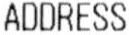
ADDRESS